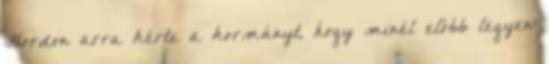
Gordon arra kérte a kormányt, hogy minél előbb legyen